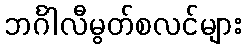
ဘင်္ဂါလီမွတ်စလင်များ